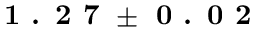
\textbf { 1 . 2 7 } \pm \textbf { 0 . 0 2 }